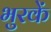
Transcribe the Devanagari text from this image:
भुरकें